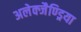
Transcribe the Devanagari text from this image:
अलेक्जैण्ड्रिया